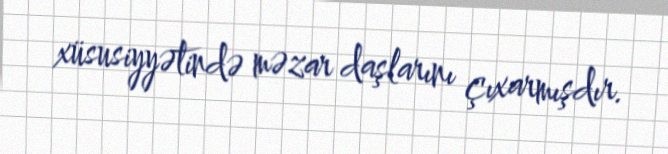
xüsusiyyətində məzar daşlarını çıxarmışdır.